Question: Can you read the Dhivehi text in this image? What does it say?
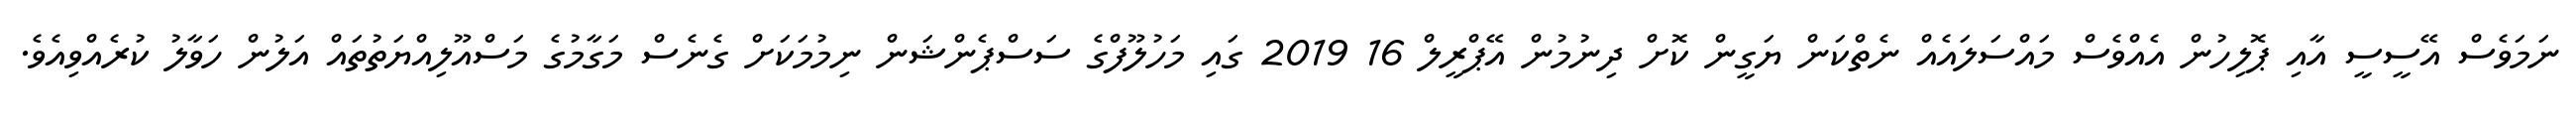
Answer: ނަމަވެސް އޭސީސީ އާއި ޕޮލިހުން އެއްވެސް މައްސަލައެއް ނެތްކަން ޔަގީން ކޮށް ދިނުމުން އޭޕްރީލް 16 2019 ގައި މަހުލޫފްގެ ސަސްޕެންޝަން ނިމުމަކަށް ގެނެސް މަގާމުގެ މަސްއޫލިއްޔަތުތައް އަލުން ހަވާލު ކުރެއްވިއެވެ.